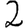
Digit: 2